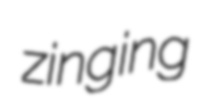
zinging